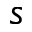
s